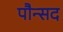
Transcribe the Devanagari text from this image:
पौन्सद